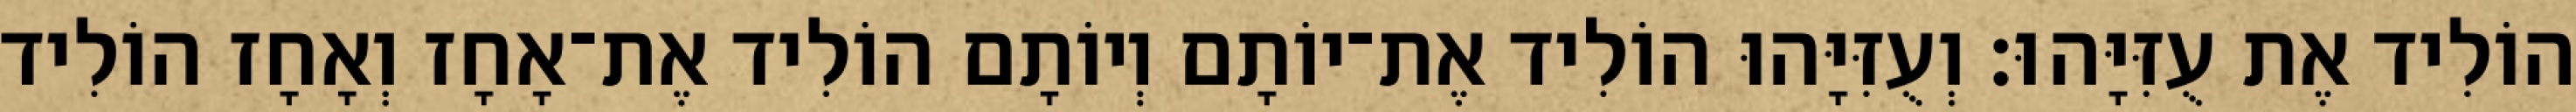
הוֹלִיד אֶת עֻזִּיָּהוּ׃ וְעֻזִּיָּהוּ הוֹלִיד אֶת־יוֹתָם וְיוֹתָם הוֹלִיד אֶת־אָחָז וְאָחָז הוֹלִיד